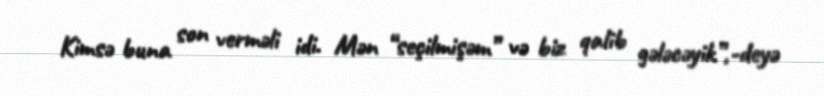
Kimsə buna son verməli idi. Mən “seçilmişəm” və biz qalib gələcəyik”,-deyə